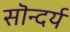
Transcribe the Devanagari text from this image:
सॊन्दर्य